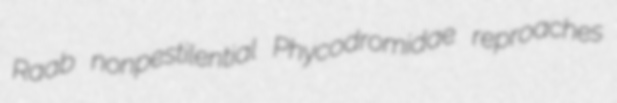
Raab nonpestilential Phycodromidae reproaches